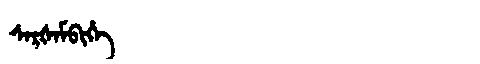
Manchu: ᠰᠠᡵᡧᠠᠮᠪᡳᡥᡝ
Romanization: SARŠAMBIHE